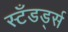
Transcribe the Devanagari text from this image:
स्टँडर्ड्स